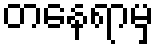
တနေရာမှ